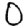
Digit: 0